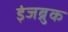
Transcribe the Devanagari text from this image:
इंजब्रुक